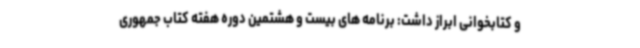
و کتابخوانی ابراز داشت: برنامه های بیست و هشتمین دوره هفته کتاب جمهوری